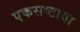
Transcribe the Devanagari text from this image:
एकसष्टावा